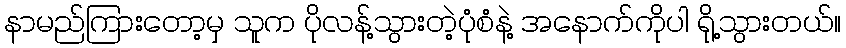
နာမည်ကြားတော့မှ သူက ပိုလန့်သွားတဲ့ပုံစံနဲ့ အနောက်ကိုပါ ရို့သွားတယ်။